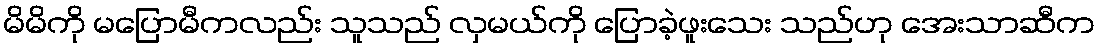
မိမိကို မပြောမီကလည်း သူသည် လှမယ်ကို ပြောခဲ့ဖူးသေး သည်ဟု အေးသာဆီက